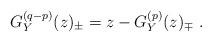
LaTeX: \begin{align*}G_Y^{(q-p)}(z)_\pm=z-G_Y^{(p)}(z)_\mp\ .\end{align*}